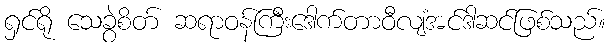
ရှင်ရို သေခွဲစိတ် ဆရာဝန်ကြီးဒေါက်တာဝီလျံအင်ဒါဆင်ဖြစ်သည်။